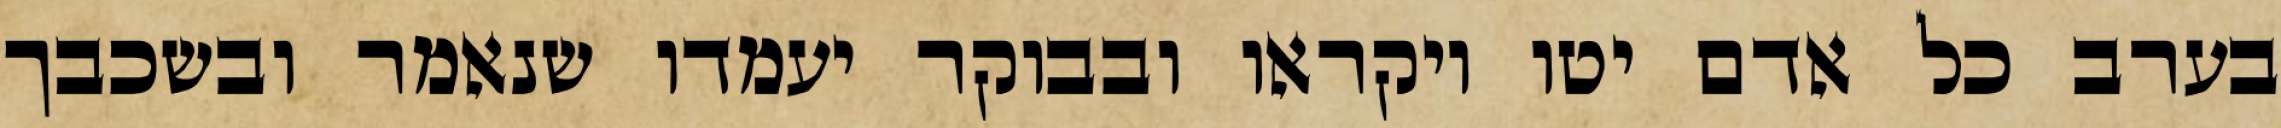
בערב כל אדם יטו ויקראו ובבוקר יעמדו שנאמר ובשכבך